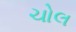
ચોલ